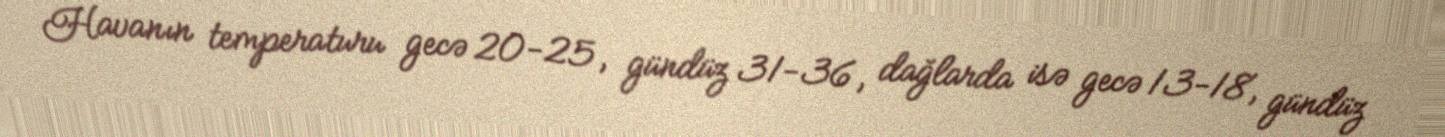
Havanın temperaturu gecə 20-25, gündüz 31-36, dağlarda isə gecə 13-18, gündüz